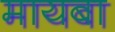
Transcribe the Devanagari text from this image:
मायबा